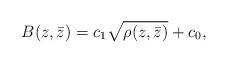
LaTeX: \begin{align*} B(z,\bar z)=c_1\sqrt{\rho(z,\bar z)}+c_0,\end{align*}